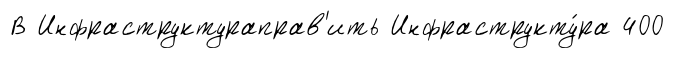
В Инфраструктураправ'ить Инфраструкту́ра 400